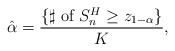
\begin{align*}\hat\alpha=\frac{\{\sharp\mbox{ of }S_n^H\geq z_{1-\alpha}\}}{K},\end{align*}